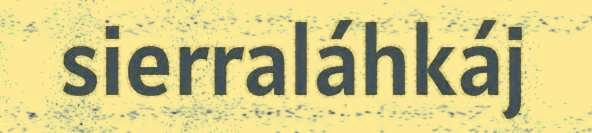
sierraláhkáj